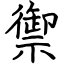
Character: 禦